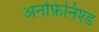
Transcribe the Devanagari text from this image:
अनफ़िनिश्ड